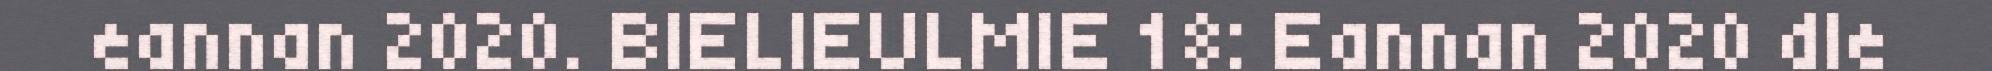
eannan 2020. BIELIEULMIE 18: Eannan 2020 dle